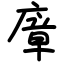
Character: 㢓